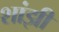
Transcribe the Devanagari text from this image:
शांझी